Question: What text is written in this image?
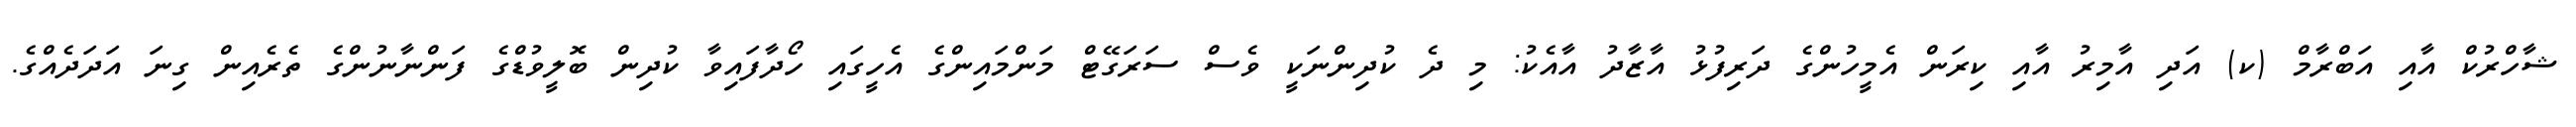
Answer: ޝާހްރުކް އާއި އަބްރާމް (ކ) އަދި އާމިރު އާއި ކިރަން އެމީހުންގެ ދަރިފުޅު އާޒާދު އާއެކު: މި ދެ ކުދިންނަކީ ވެސް ސަރަގޭޓް މަންމައިންގެ އެހީގައި ހޯދާފައިވާ ކުދިން ބޮލީވުޑްގެ ފަންނާނުންގެ ތެރެއިން ގިނަ އަދަދެއްގެ.